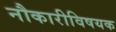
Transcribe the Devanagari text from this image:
नौकारीविषयक